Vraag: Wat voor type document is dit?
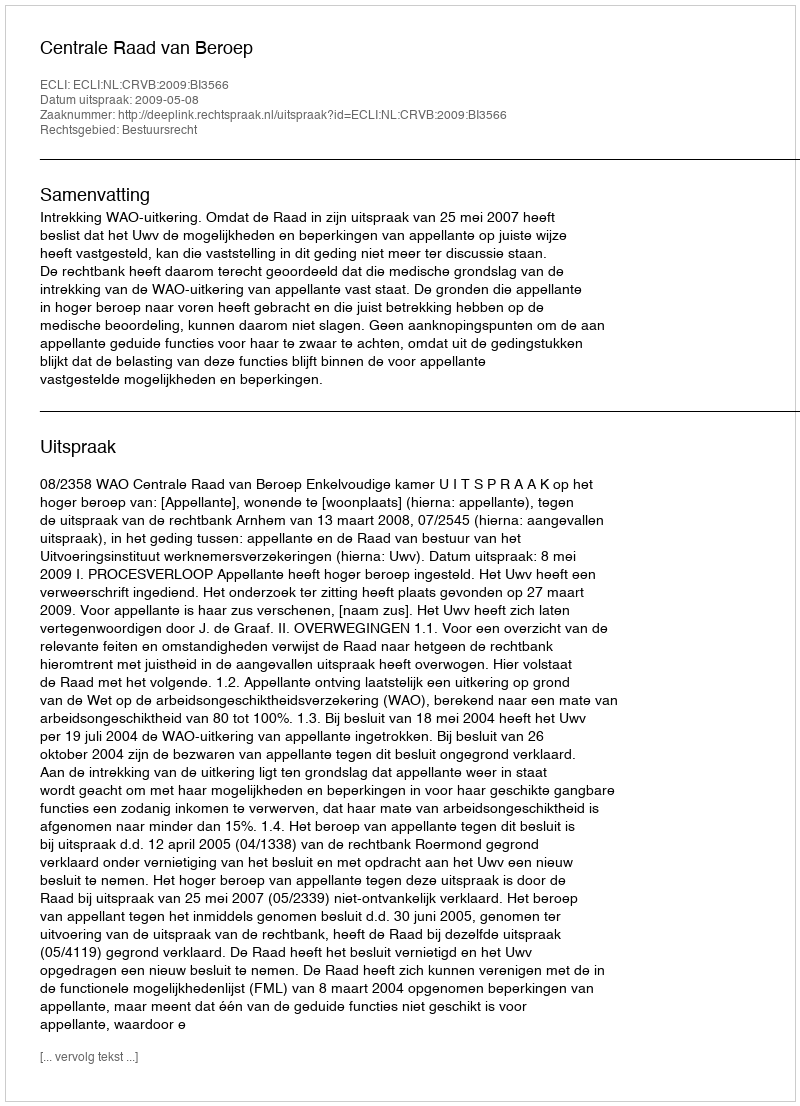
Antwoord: Uitspraak